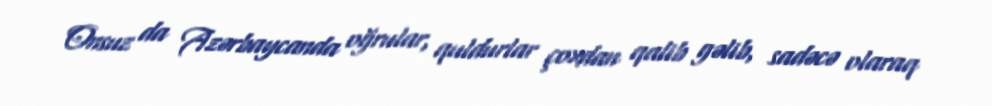
Onsuz da Azərbaycanda oğrular, quldurlar çoxdan qalib gəlib, sadəcə olaraq